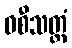
ဝစီသတ္ထံ